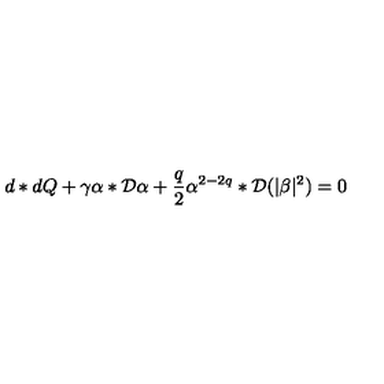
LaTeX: d * d Q + \gamma \alpha * { \cal { D } } \alpha + \frac { q } { 2 } \alpha ^ { 2 - 2 q } * { \cal { D } } ( | \beta | ^ { 2 } ) = 0